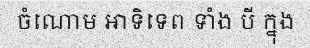
ចំណោម អាទិទេព ទាំង បី ក្នុង